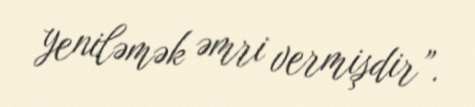
yeniləmək əmri vermişdir”.